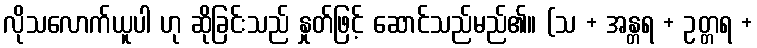
လိုသလောက်ယူပါ ဟု ဆိုခြင်းသည် နှုတ်ဖြင့် ဆောင်သည်မည်၏။ (သ + အန္တရ + ဥတ္တရ +